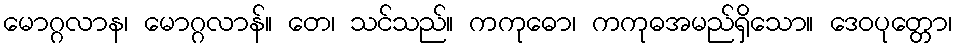
မောဂ္ဂလာန၊ မောဂ္ဂလာန်။ တေ၊ သင်သည်။ ကကုဓော၊ ကကုဓအမည်ရှိသော။ ဒေဝပုတ္တော၊